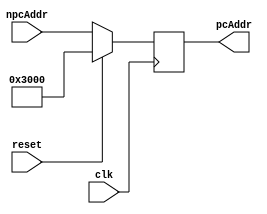
module pc(
  input [31:0] npcAddr,
  input clk,
  input reset,
  output reg [31:0] pcAddr
  );
  
  always @(posedge clk)
    if (!reset)
      pcAddr = npcAddr;
    else
      pcAddr = 32'h00003000;
  
endmodule